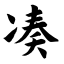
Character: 凑